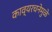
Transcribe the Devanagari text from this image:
काव्यरचनेमुळे